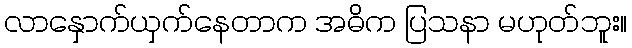
လာနှောက်ယှက်နေတာက အဓိက ပြသနာ မဟုတ်ဘူး။